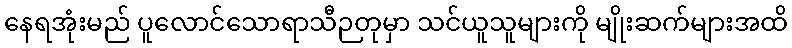
နေရအုံးမည် ပူလောင်သောရာသီဉတုမှာ သင်ယူသူများကို မျိုးဆက်များအထိ